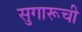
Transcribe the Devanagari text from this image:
सुगारूची